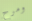
ومرح